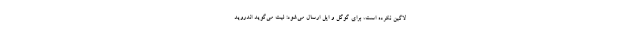
لاگین نکرده است، برای گوگل و اپل ارسال می‌شود: لیت می‌گوید اندروید